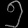
Digit: ၅